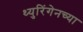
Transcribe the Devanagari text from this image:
थ्युरिंगेनच्या